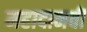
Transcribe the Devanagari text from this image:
महादानवी